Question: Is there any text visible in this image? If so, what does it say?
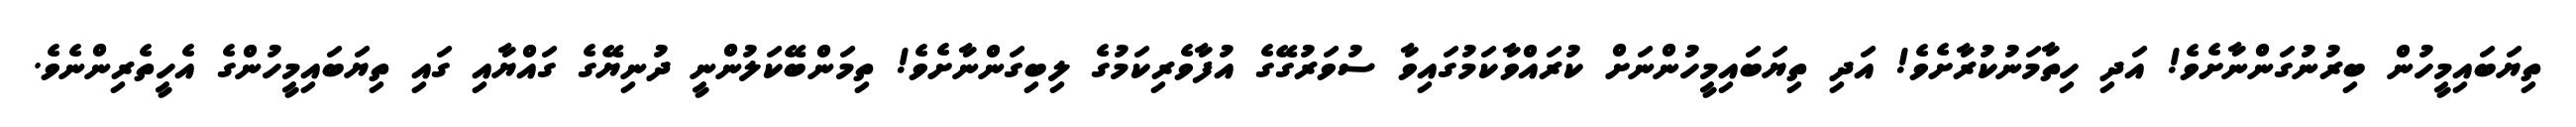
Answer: ތިޔަބައިމީހުން ބިރުނުގަންނާށެވެ! އަދި ހިތާމަނުކުރާށެވެ! އަދި ތިޔަބައިމީހުންނަށް ކުރައްވާކަމުގައިވާ ސުވަރުގޭގެ އުފާވެރިކަމުގެ ލިބިގަންނާށެވެ! ތިމަންބޭކަލުންނީ ދުނިޔޭގެ ގައްޔާއި ގައި ތިޔަބައިމީހުންގެ އެހީތެރިންނެވެ.